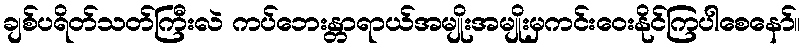
ချစ်ပရိတ်သတ်ကြီးလဲ ကပ်ဘေးန္တာရာယ်အမျိုးအမျိုးမှကင်းဝေးနိုင်ကြပါစေနော်။